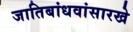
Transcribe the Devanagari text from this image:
जातिबांधवांसारखे